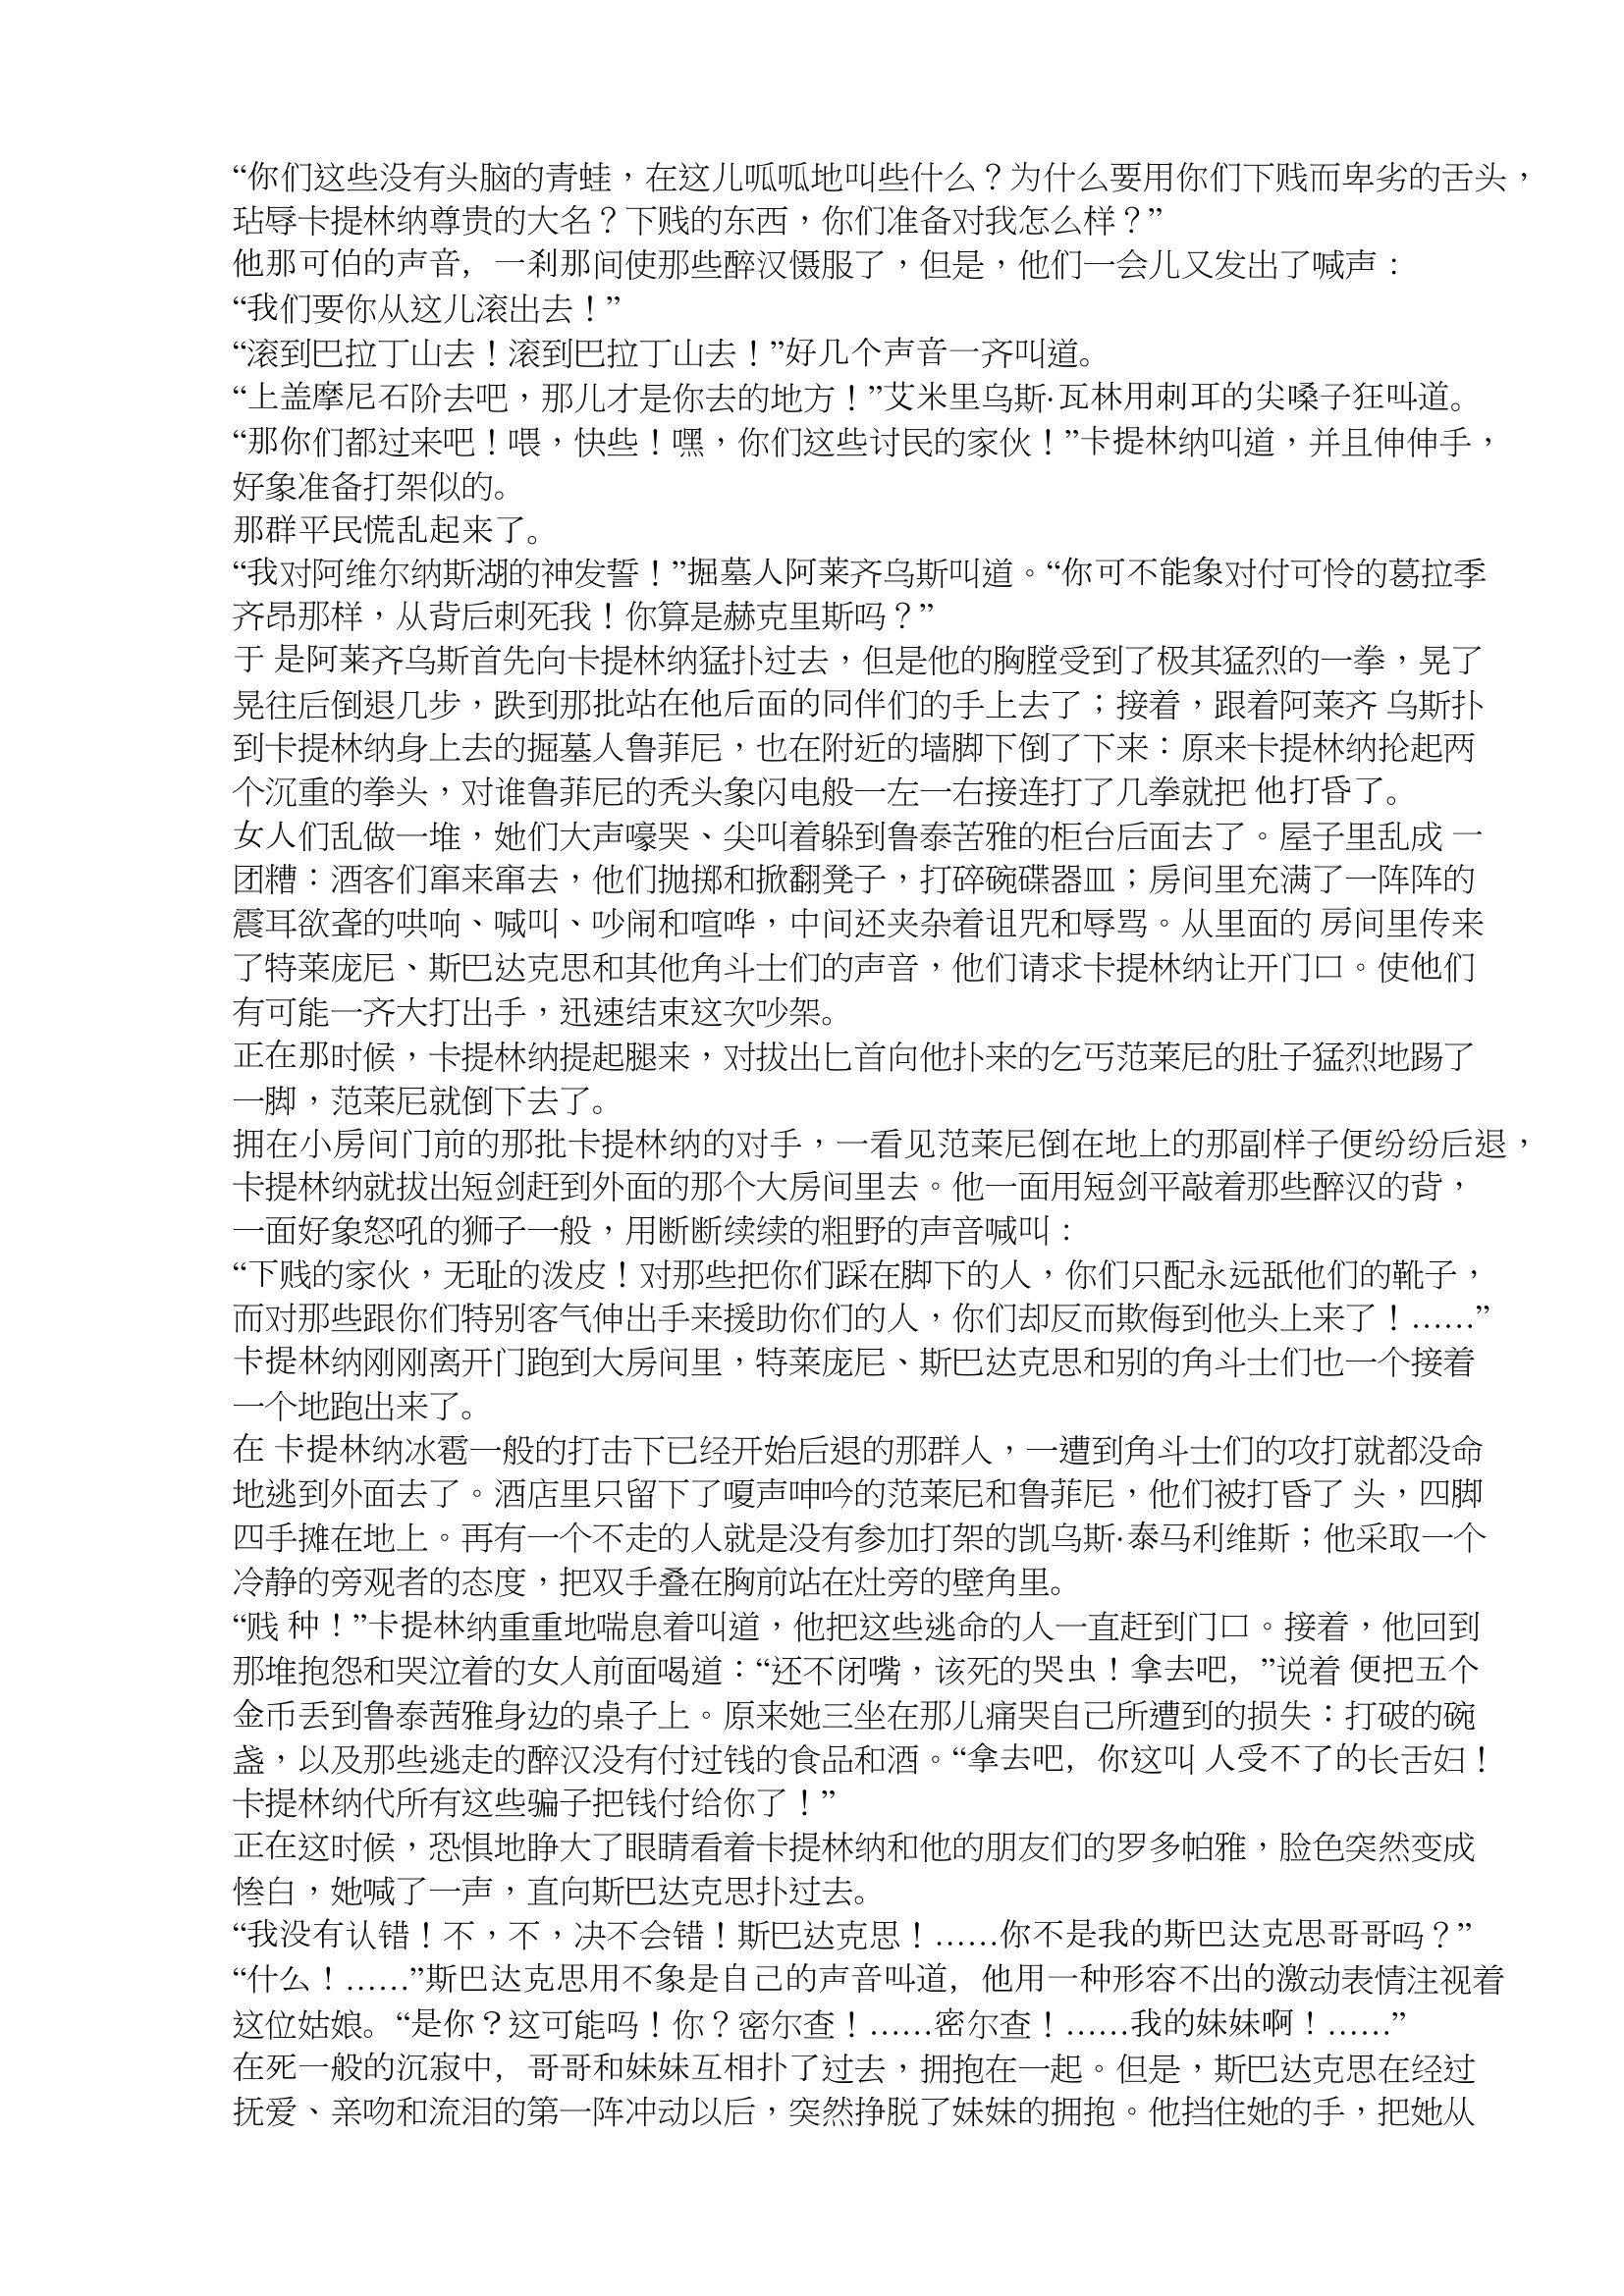
Language: zh